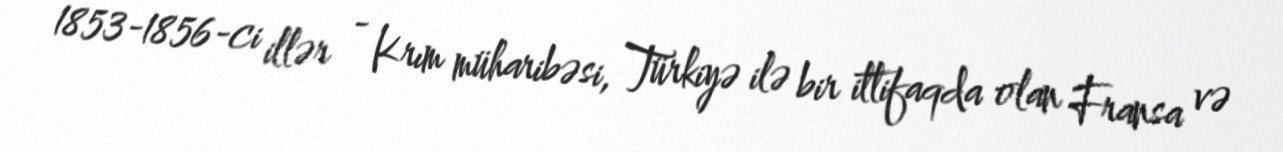
1853-1856-ci illər - Krım müharibəsi, Türkiyə ilə bir ittifaqda olan Fransa və